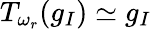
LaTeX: T_{\omega_{r}}(g_{I})\simeq g_{I}